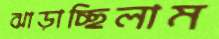
ঝাড়াচ্ছিলাম